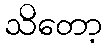
သိတော့